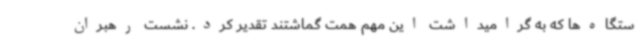
ستگاه‌ها که به گرامیداشت این مهم همت گماشتند تقدیر کرد. نشست رهبران